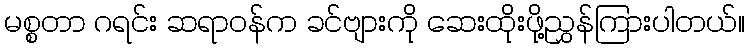
မစ္စတာ ဂရင်း ဆရာဝန်က ခင်ဗျားကို ဆေးထိုးဖို့ညွှန်ကြားပါတယ်။